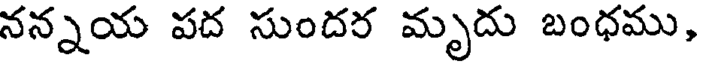
నన్నయ పద సుందర మృదు బంధము,